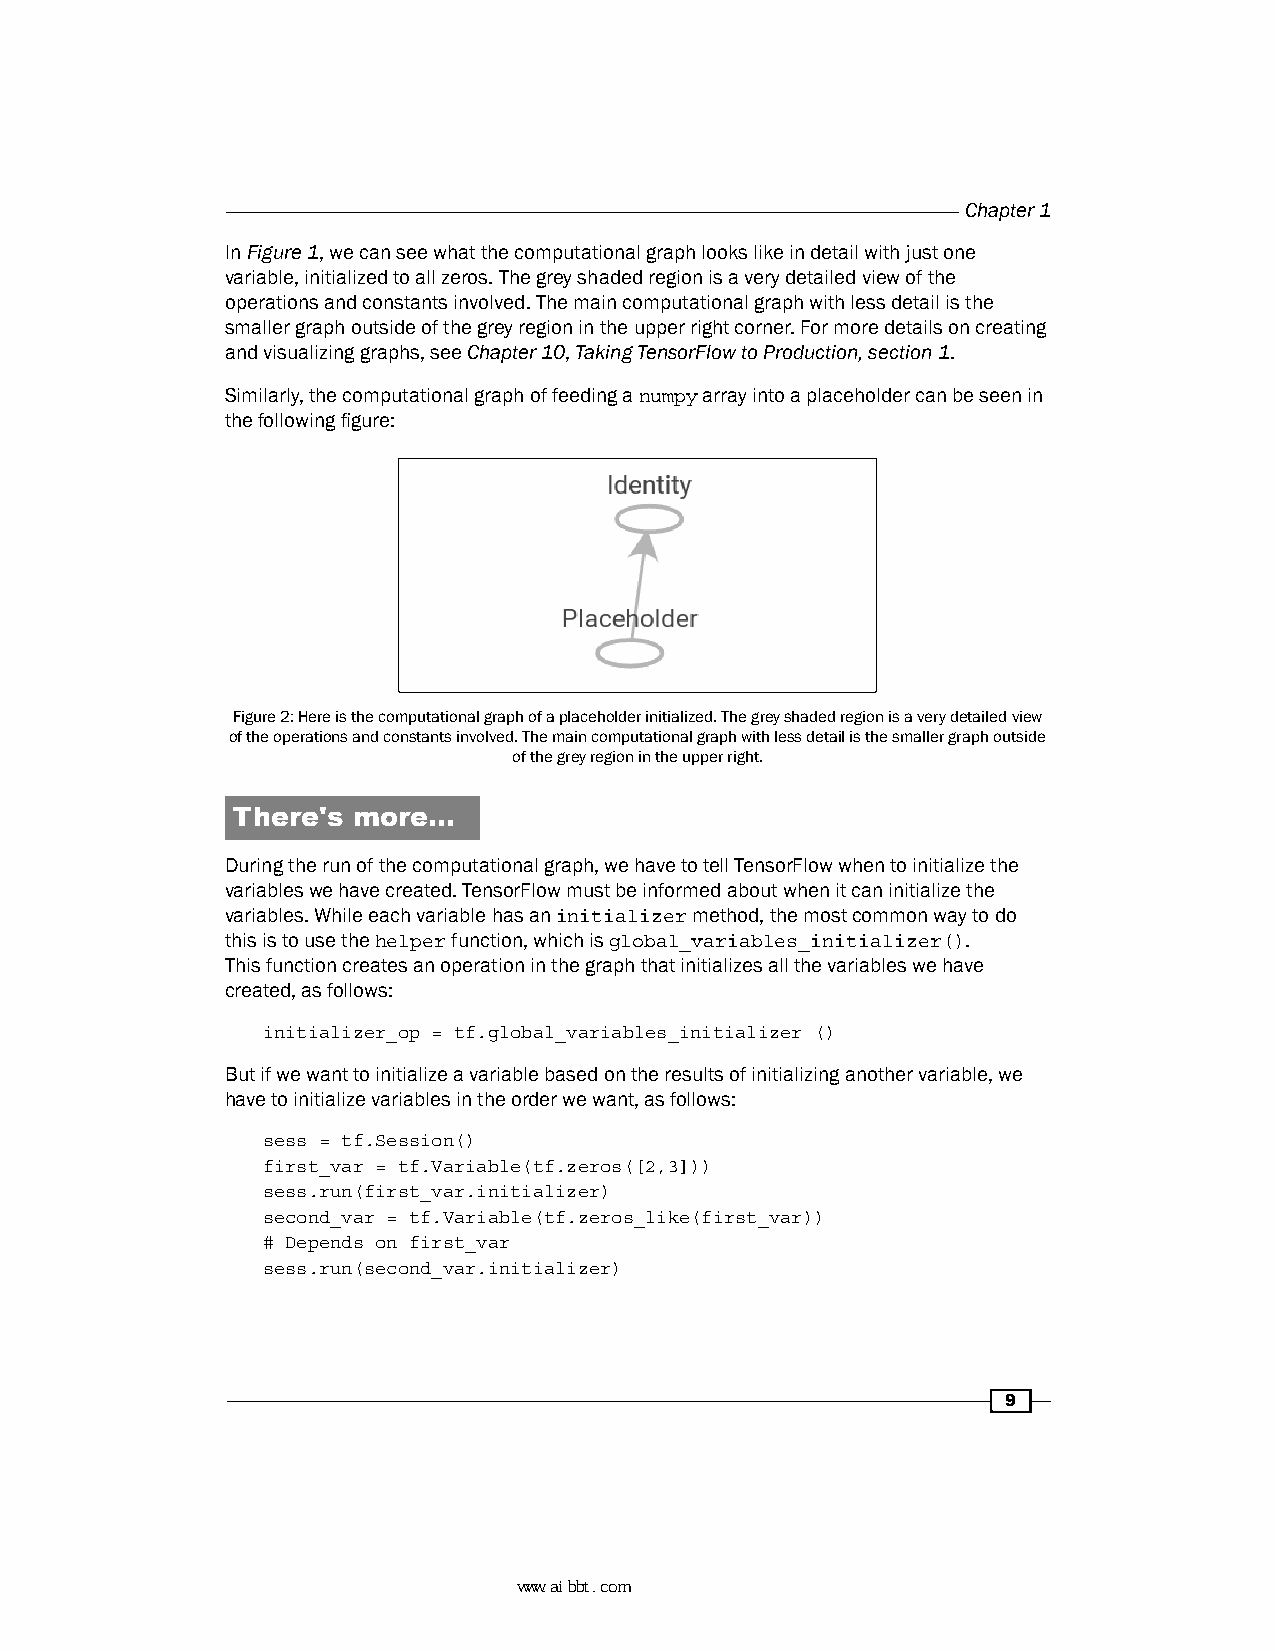
Chapter 1
 In Figure 1, we can see what the computational graph looks like in detail with just one
 variable, initialized to all zeros. The grey shaded region is a very detailed view of the
 operations and constants involved. The main computational graph with less detail is the
 smaller graph outside of the grey region in the upper right corner. For more details on creating
 and visualizing graphs, see Chapter 10, Taking TensorFlow to Production, section 1.
 Similarly, the computational graph of feeding a numpy array into a placeholder can be seen in
 the following figure:
 Figure 2: Here is the computational graph of a placeholder initialized. The grey shaded region is a very detailed view
 of the operations and constants involved. The main computational graph with less detail is the smaller graph outside
 of the grey region in the upper right.
 There's more…
 During the run of the computational graph, we have to tell TensorFlow when to initialize the
 variables we have created. TensorFlow must be informed about when it can initialize the
 variables. While each variable has an initializer method, the most common way to do
 this is to use the helper function, which is global_variables_initializer().
 This function creates an operation in the graph that initializes all the variables we have
 created, as follows:
 initializer_op = tf.global_variables_initializer ()
 But if we want to initialize a variable based on the results of initializing another variable, we
 have to initialize variables in the order we want, as follows:
 sess = tf.Session()
 first_var = tf.Variable(tf.zeros([2,3]))
 sess.run(first_var.initializer)
 second_var = tf.Variable(tf.zeros_like(first_var))
 # Depends on first_var
 sess.run(second_var.initializer)
 9
 www.aibbt.com 让未来触手可及